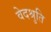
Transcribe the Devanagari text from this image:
वेदश्रुति